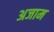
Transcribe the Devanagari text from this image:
अजाम